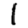
Digit: 1